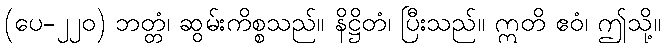
(ပေ-၂၂၀) ဘတ္တံ၊ ဆွမ်းကိစ္စသည်။ နိဋ္ဌိတံ၊ ပြီးသည်။ ဣတိ ဧဝံ၊ ဤသို့။